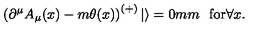
\left( \partial ^ { \mu } A _ { \mu } ( x ) - m \theta ( x ) \right) ^ { ( + ) } | \rangle = 0 \makebox [ 7 m m ] { } \mathrm { f o r } \forall x .